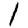
Digit: 1